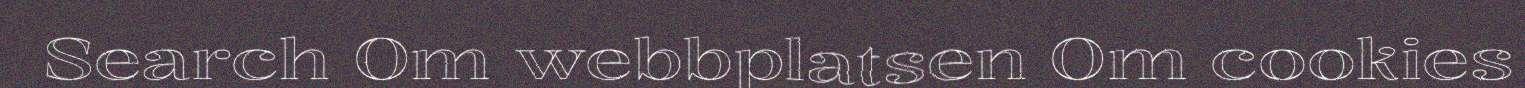
Search Om webbplatsen Om cookies